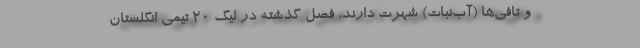
و تافی‌ها (آب‌نبات) شهرت دارند، فصل گذشته در لیگ 20 تیمی انگلستان